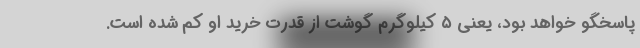
پاسخگو خواهد بود، یعنی ۵ کیلوگرم گوشت از قدرت خرید او کم شده است.